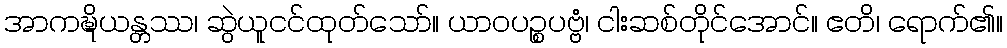
အာကဍ္ဎိယန္တဿ၊ ဆွဲယူငင်ထုတ်သော်။ ယာဝပဉ္စပဗ္ဗံ၊ ငါးဆစ်တိုင်အောင်။ ဧတိ၊ ရောက်၏။